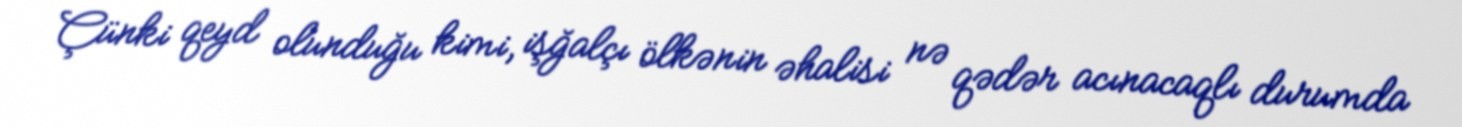
Çünki qeyd olunduğu kimi, işğalçı ölkənin əhalisi nə qədər acınacaqlı durumda